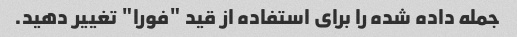
جمله داده شده را برای استفاده از قید "فورا" تغییر دهید.